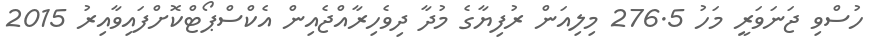
ހުސްވި ޖަނަވަރީ މަހު 276.5 މިލިއަން ރުފިޔާގެ މުދާ ދިވެހިރާއްޖެއިން އެކްސްޕޯޓްކޮށްފައިވާއިރު 2015